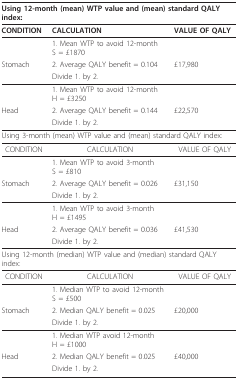
<table><thead><tr><td colspan="3"><b>Using 12-month (mean) WTP value and (mean) standard QALY index:</b></td></tr></thead><tbody><tr><td><b>CONDITION</b></td><td><b>CALCULATION</b></td><td><b>VALUE OF QALY</b></td></tr><tr><td></td><td>1. Mean WTP to avoid 12-month S = £1870</td><td></td></tr><tr><td>Stomach</td><td>2. Average QALY benefit = 0.104</td><td>£17,980</td></tr><tr><td></td><td>Divide 1. by 2.</td><td></td></tr><tr><td></td><td>1. Mean WTP to avoid 12-month H = £3250</td><td></td></tr><tr><td>Head</td><td>2. Average QALY benefit = 0.144</td><td>£22,570</td></tr><tr><td></td><td>Divide 1. by 2.</td><td></td></tr><tr><td colspan="3">Using 3-month (mean) WTP value and (mean) standard QALY index:</td></tr><tr><td>CONDITION</td><td>CALCULATION</td><td>VALUE OF QALY</td></tr><tr><td></td><td>1. Mean WTP to avoid 3-month S = £810</td><td></td></tr><tr><td>Stomach</td><td>2. Average QALY benefit = 0.026</td><td>£31,150</td></tr><tr><td></td><td>Divide 1. by 2.</td><td></td></tr><tr><td></td><td>1. Mean WTP to avoid 3-month H = £1495</td><td></td></tr><tr><td>Head</td><td>2. Average QALY benefit = 0.036</td><td>£41,530</td></tr><tr><td></td><td>Divide 1. by 2.</td><td></td></tr><tr><td colspan="3">Using 12-month (median) WTP value and (median) standard QALY index:</td></tr><tr><td>CONDITION</td><td>CALCULATION</td><td>VALUE OF QALY</td></tr><tr><td></td><td>1. Median WTP to avoid 12-month S = £500</td><td></td></tr><tr><td>Stomach</td><td>2. Median QALY benefit = 0.025</td><td>£20,000</td></tr><tr><td></td><td>Divide 1. by 2.</td><td></td></tr><tr><td></td><td>1. Median WTP avoid 12-month H = £1000</td><td></td></tr><tr><td>Head</td><td>2. Median QALY benefit = 0.025</td><td>£40,000</td></tr><tr><td></td><td>Divide 1. by 2.</td><td></td></tr></tbody></table>